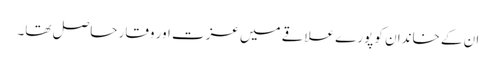
ان کے خاندان کو پورے علاقے میں عزت اور وقار حاصل تھا۔